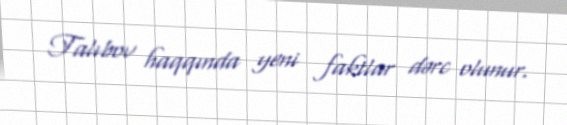
Talıbov haqqında yeni faktlar dərc olunur.